Rangoon Lunatic Asylum 1898-1906 - 1898-1906
Year: 1898
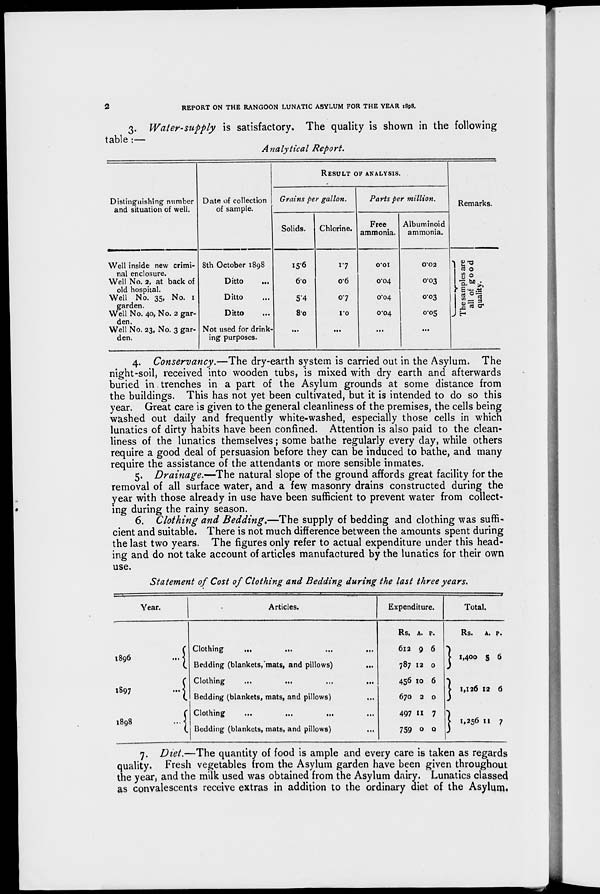
2
REPORT ON THE RANGOON LUNATIC ASYLUM FOR THE YEAR 1898.
3. Water-supply is satisfactory. The quality is shown in the following
table:—
Analytical Report.
Distinguishing number
and situation of well.
Well inside new crimi-
nal enclosure.
Well No. 2, at back of
old hospital.
Well No. 35, No. 1
garden.
Well No. 40, No. 2 gar-
den.
Well No. 23, No. 3 gar-
den.
Date of collection
of sample.
8th October 1898
Ditto
...
Ditto
Ditto
Not used for drink-
ing purposes.
RESULT OF ANALYSIS.
Grains per gallon.
Solids.
15.6
6.0
5.4
8.0
...
Chlorine.
1.7
0.6
0.7
1.0
...
Parts per million.
Free
ammonia.
0.01
0.04
0.04
0.04
...
Albuminoid
ammonia.
0.02
0.03
0.03
0.05
...
Remarks.
The samples are
all of good
quality.
4. Conservancy.—The dry-earth system is carried out in the Asylum. The
night-soil, received into wooden tubs, is mixed with dry earth and afterwards
buried in trenches in a part of the Asylum grounds at some distance from
the buildings. This has not yet been cultivated, but it is intended to do so this
year. Great care is given to the general cleanliness of the premises, the cells being
washed out daily and frequently white-washed, especially those cells in which
lunatics of dirty habits have been confined. Attention is also paid to the clean-
liness of the lunatics themselves; some bathe regularly every day, while others
require a good deal of persuasion before they can be induced to bathe, and many
require the assistance of the attendants or more sensible inmates.
5. Drainage.—The natural slope of the ground affords great facility for the
removal of all surface water, and a few masonry drains constructed during the
year with those already in use have been sufficient to prevent water from collect-
ing during the rainy season.
6. Clothing and Bedding.—The supply of bedding and clothing was suffi-
cient and suitable. There is not much difference between the amounts spent during
the last two years. The figures only refer to actual expenditure under this head-
ing and do not take account of articles manufactured by the lunatics for their own
use.
Statement of Cost of Clothing and Bedding during the last three years.
Year.
1896
...
1897
...
1898
...
Articles.
Clothing
...
... ... ...
Bedding (blankets, mats, and pillows) ...
Clothing ... ... ... ...
Bedding (blankets, mats, and pillows) ...
Clothing ... ... ... ...
Bedding (blankets, mats, and pillows) ...
Expenditure.
Rs.
612
787
456
670
497
759
A.
9
12
10
2
11
0
P.
6
0
6
0
7
0
Total.
Rs.
1,400
1,126
1,256
A.
3
12
11
P.
6
6
7
7. Diet.—The quantity of food is ample and every care is taken as regards
quality. Fresh vegetables from the Asylum garden have been given throughout
the year, and the milk used was obtained from the Asylum dairy. Lunatics classed
as convalescents receive extras in addition to the ordinary diet of the Asylum.